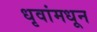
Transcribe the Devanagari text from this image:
धृवांमधून